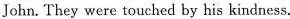
John They were touched by his kindness.